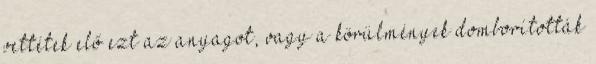
vettétek elő ezt az anyagot, vagy a körülmények domborították